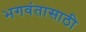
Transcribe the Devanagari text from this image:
भगवंतासाठी